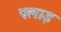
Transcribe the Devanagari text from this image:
फ्लाइ